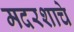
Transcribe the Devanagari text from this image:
मदरशाचे